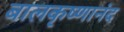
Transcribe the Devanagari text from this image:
बालकृष्णानंद